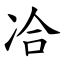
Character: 冾